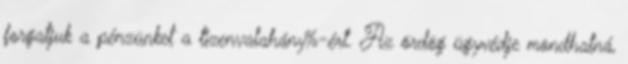
forgatjuk a pénzünket a tizenvalahány%-ért. Az ördög ügyvédje mondhatná,